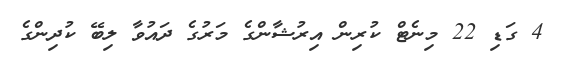
4 ގަޑި 22 މިނެޓް ކުރިން އިރުޝާންގެ މަރުގެ ދައުވާ ލިބޭ ކުދިންގެ